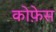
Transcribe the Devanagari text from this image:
कोफ़ेस